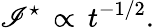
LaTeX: \mathscr{I}^{\star}\, \propto\, t^{-1/2}.